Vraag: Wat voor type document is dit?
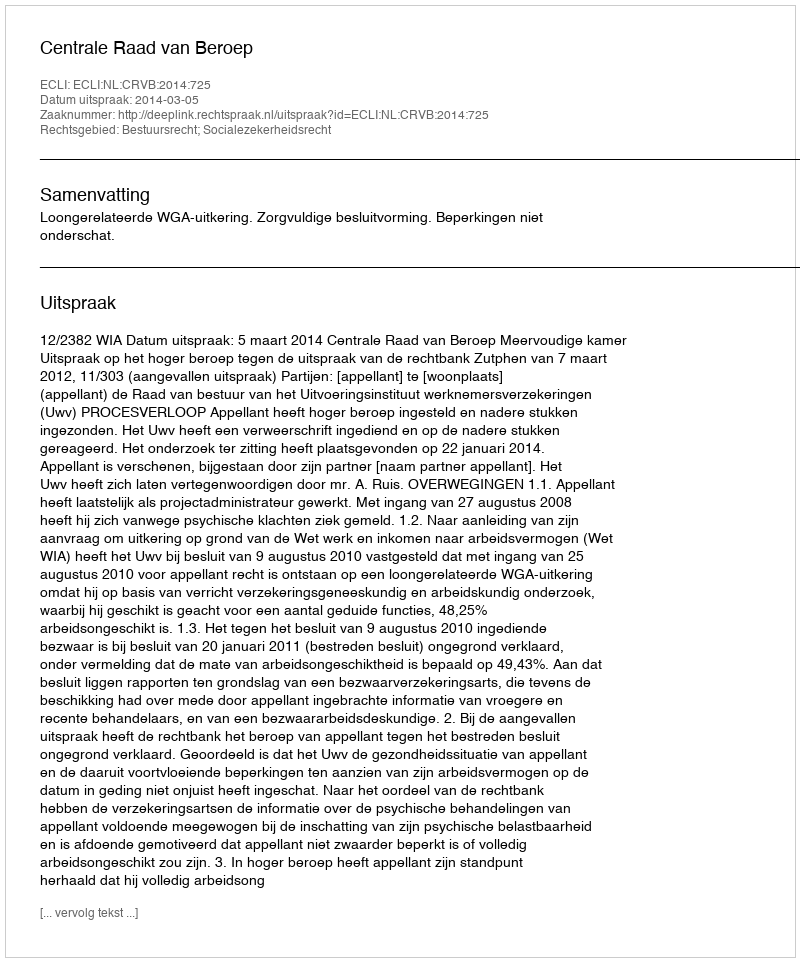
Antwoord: Uitspraak